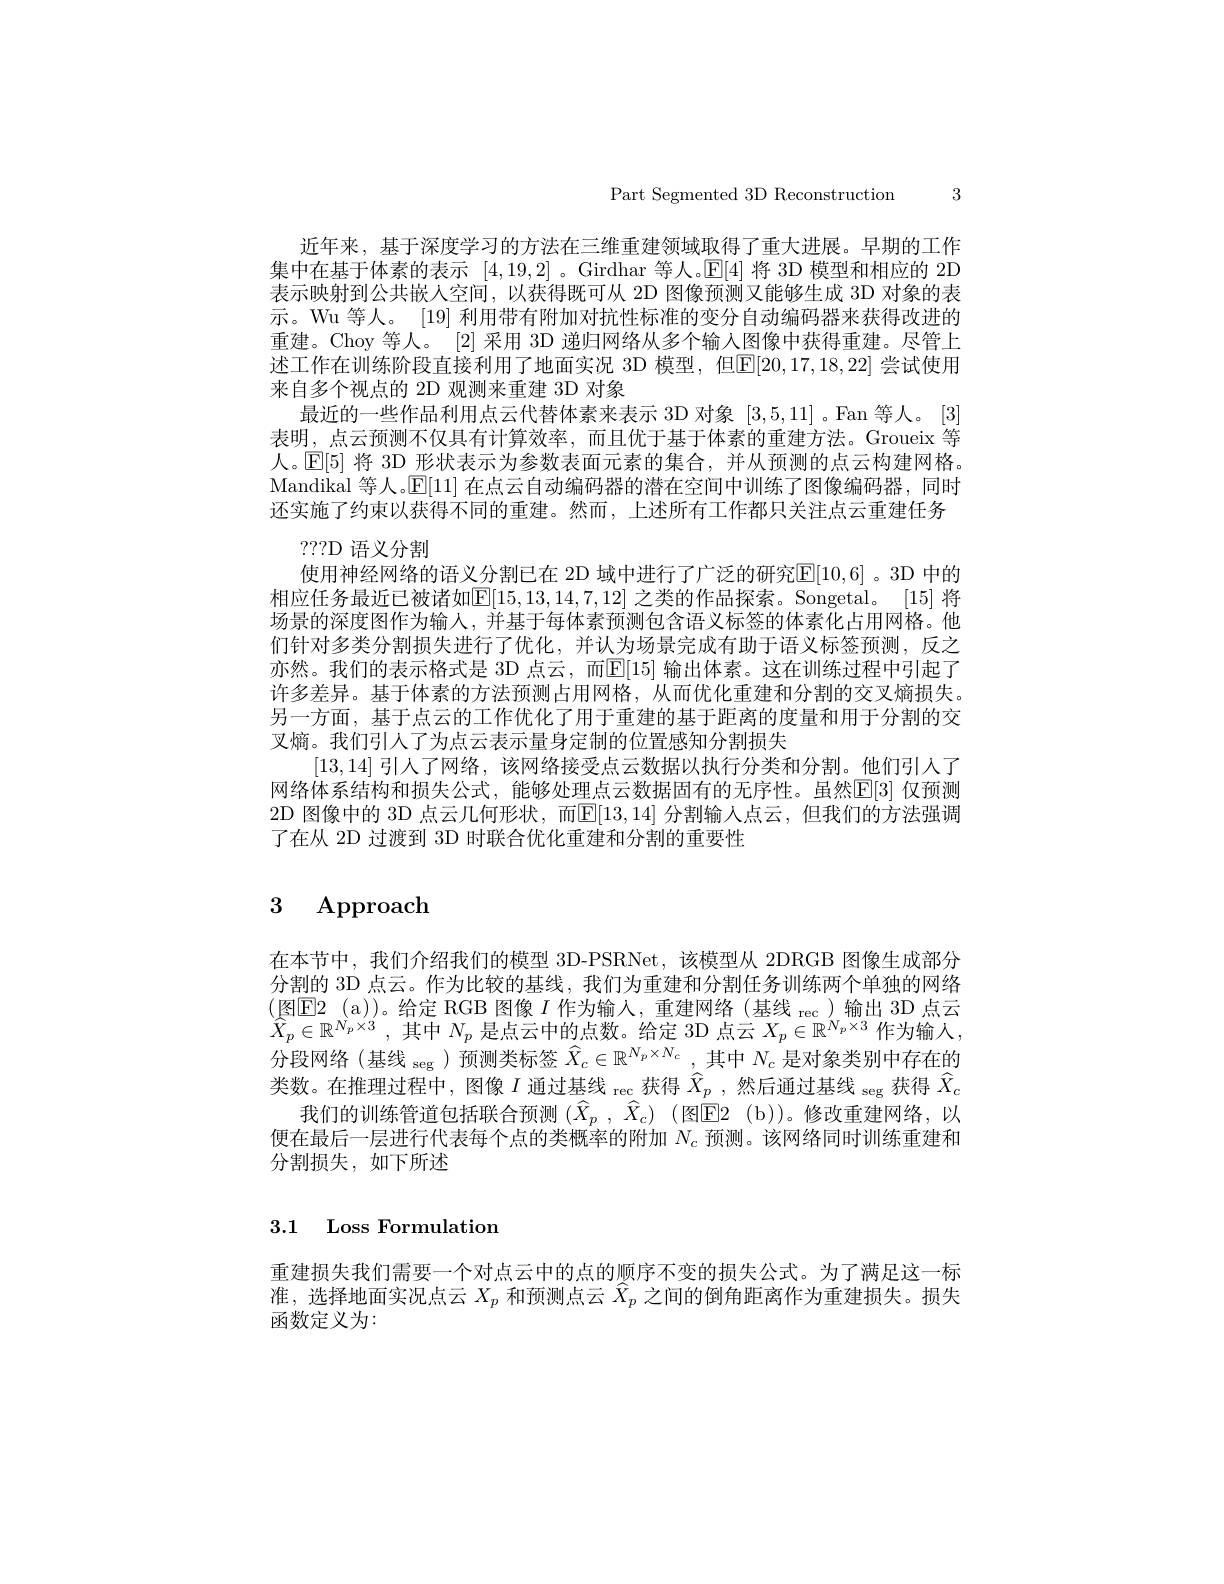
Part Segmented 3D Reconstruction 3

近年来，基于深度学习的方法在三维重建领域取得了重大进展。早期的工作集中在基于体素的表示[4,19,2] 。Girdhar 等人。$\mathbb{E}[4]$将 3D 模型和相应的 2D 表示映射到公共嵌人空间，以获得既可从 2D 图像预测又能够生成 3D 对象的表示。Wu 等人。[19] 利用带有附加对抗性标准的变分自动编码器来获得改进的重建。Choy 等人。[2]采用 3D 递归网络从多个输入图像中获得重建。尽管上述工作在训练阶段直接利用了地面实况 3D 模型，但$\mathbb{E}[20,17,18,22]$ 尝试使用来自多个视点的 2D 观测来重建 3D 对象
最近的一些作品利用点云代替体素来表示 3D 对象[3,5,11] 。Fan 等人。[3] 表明，点云预测不仅具有计算效率，而且优于基于体素的重建方法。Groueix 等人。$\mathbb{E}[5]$将 3D 形状表示为参数表面元素的集合，并从预测的点云构建网格。Mandikal 等人。$\mathbb{E}[11]$在点云自动编码器的潜在空间中训练了图像编码器，同时还实施了约束以获得不同的重建。然而，上述所有工作都只关注点云重建任务
???D 语义分割
使用神经网络的语义分割已在 2D 域中进行了广泛的研究E[10,6]。3D 中的相应任务最近已被诸如$\mathbb{E}[15,13,14,7,12]$ 之类的作品探索。Songetal。[15] 将场景的深度图作为输人，并基于每体素预测包含语义标签的体素化占用网格。他们针对多类分割损失进行了优化，并认为场景完成有助于语义标签预测，反之亦然。我们的表示格式是 3D 点云，而$\mathbb{E}[15]$ 输出体素。这在训练过程中引起了许多差异。基于体素的方法预测占用网格，从而优化重建和分割的交叉熵损失。另一方面，基于点云的工作优化了用于重建的基于距离的度量和用于分割的交叉熵。我们引人了为点云表示量身定制的位置感知分割损失
[13,14]引人了网络，该网络接受点云数据以执行分类和分割。他们引入了网络体系结构和损失公式，能够处理点云数据固有的无序性。虽然$\mathbb{E}[3]$ 仅预测2D 图像中的 3D 点云几何形状，而$\mathbb{E}[13,14]$ 分割输人点云，但我们的方法强调了在从 2D 过渡到 3D 时联合优化重建和分割的重要性

# $\begin{array}{cc}3&\mathrm{Approach}\end{array}$

在本节中，我们介绍我们的模型 3D-PSRNet,该模型从 2DRGB 图像生成部分分割的 3D 点云。作为比较的基线，我们为重建和分割任务训练两个单独的网络(图E2 ( a) ) 。给 定 RGB 图像$I\text{ 作为输入，重建网络(基线 }_{\mathrm{rec}})$输出 3D点云$\hat{X} _{p}\in \mathbb{R} ^{N_{p}\times 3}$ ,其中 $N_p$ 是点云中的点数。给定 3D 点云 $X_p\in\mathbb{R}^{N_{p}\times3}$ 作为输入， 分段网络(基线 seg)预测类标签$\widehat{X}_c\in\mathbb{R}^{N_p\times N_c}$,其中$N_c$是对象类别中存在的类数。在推理过程中，图像$I\text{ 通过基线 }_\mathrm{rec}$获得$\hat{X} _p$ , 然 后 通 过 基 线 seg 获得$\hat{X}_c$
我们的训练管道包括联合预测 $(\widehat{X}_p,\widehat{X}_c)$ (图$\overline{\mathrm{E}}$2 (b))。修改重建网络，以便在最后一层进行代表每个点的类概率的附加$N_c$预测。该网络同时训练重建和分割损失，如下所述

## 3.1 Loss Formulation

重建损失我们需要一个对点云中的点的顺序不变的损失公式。为了满足这一标准，选择地面实况点云$X_p$和预测点云$\widehat{X}_p$之间的倒角距离作为重建损失。损失$\overline{\text{函数定义为：}}$